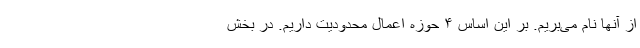
از آنها نام می‌بریم. بر این اساس ۴ حوزه اعمال محدودیت داریم‌. در بخش